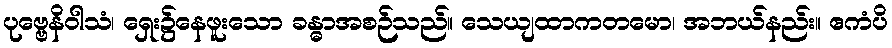
ပုဗ္ဗေနိဝါသံ၊ ရှေး၌နေဖူးသော ခန္ဓာအစဉ်သည်။ သေယျထာကတမော၊ အဘယ်နည်း။ ဧကံပိ